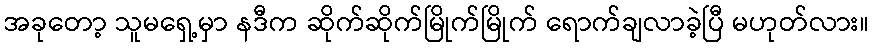
အခုတော့ သူမရှေ့မှာ နဒီက ဆိုက်ဆိုက်မြိုက်မြိုက် ရောက်ချလာခဲ့ပြီ မဟုတ်လား။